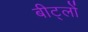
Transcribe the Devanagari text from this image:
बीट्लों